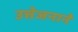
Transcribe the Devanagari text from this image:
उत्तेजनाने